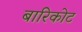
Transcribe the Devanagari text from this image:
बारिकोट